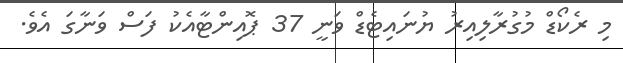
މި ރެކޯޑް މުގުރާލިއިރު ޔުނައިޓެޑް ވަނީ 37 ޕޮއިންޓާއެކު ފަސް ވަނާގަ އެވެ.